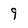
Character: 9